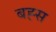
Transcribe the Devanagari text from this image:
बह्स